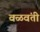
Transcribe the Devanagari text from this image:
वळवंती